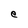
Character: e